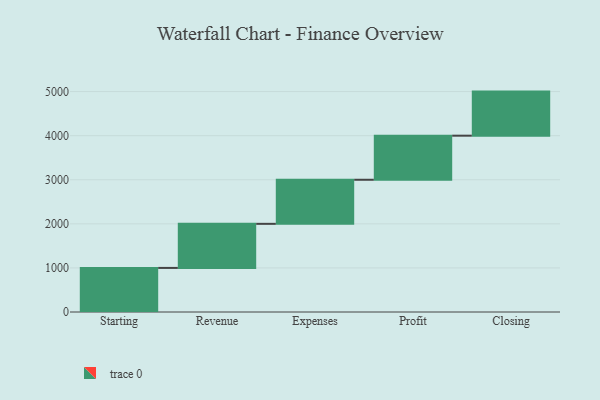
{"axis": {"x": "Step", "y": "Value"}, "legend": [""], "data": [{"x": "Starting", "y": 1000, "type": ""}, {"x": "Revenue", "y": 1000, "type": ""}, {"x": "Expenses", "y": 1000, "type": ""}, {"x": "Profit", "y": 1000, "type": ""}, {"x": "Closing", "y": 1000, "type": ""}]}